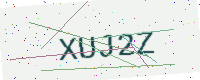
Text: XUJ2Z